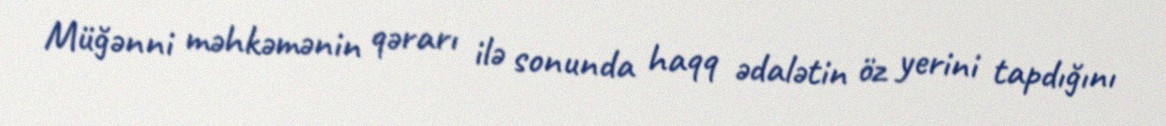
Müğənni məhkəmənin qərarı ilə sonunda haqq ədalətin öz yerini tapdığını